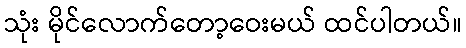
သုံး မိုင်လောက်တော့ဝေးမယ် ထင်ပါတယ်။